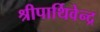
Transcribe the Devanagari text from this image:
श्रीपार्थिवेन्द्र